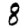
Digit: 8